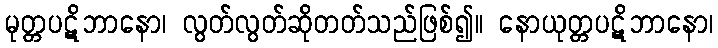
မုတ္တပဋိဘာနော၊ လွတ်လွတ်ဆိုတတ်သည်ဖြစ်၍။ နောယုတ္တပဋိဘာနော၊